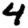
Digit: 4